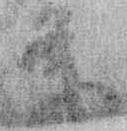
条